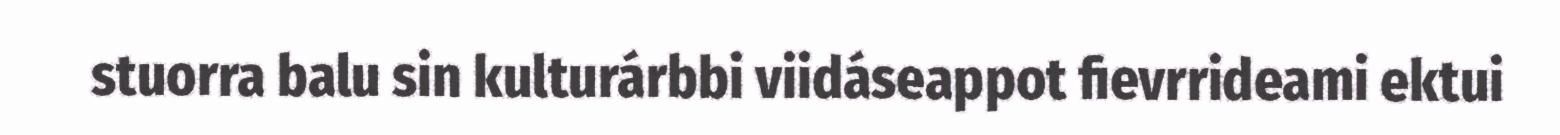
stuorra balu sin kulturárbbi viidáseappot fievrrideami ektui